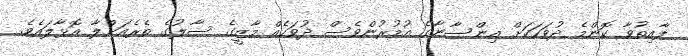
ފާއިތުވާ ކޮންމެ ދުވަހަކަށް އިންސާނާގެ އުމުރުންވެސް ދުވަހެއް މާޒީގެ ސާލުގެ ތެރެއަށްލާ އޮޅާލައެވެ.